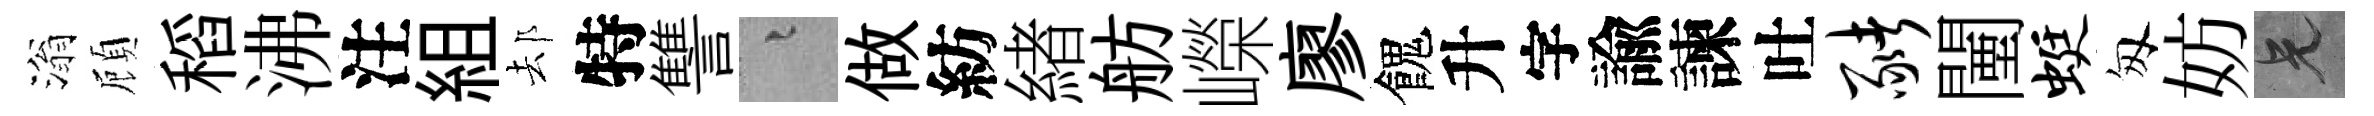
滃頋稻沸注組𨚫特讐融做紡緖舫嶸廖餽升字諭諫吐猪闉蜓匆妨兄